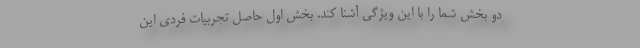
دو بخش شما را با این ویژگی آشنا کند. بخش اول حاصل تجربیات فردی این